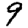
Digit: 9